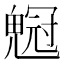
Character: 𠖡